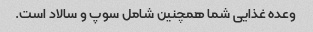
وعده غذایی شما همچنین شامل سوپ و سالاد است.